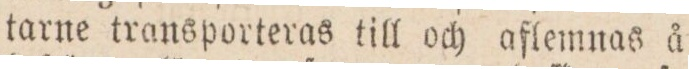
tarne transporteras till och aflemnas å